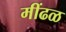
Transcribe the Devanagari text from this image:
मींढळ